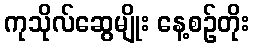
ကုသိုလ်ဆွေမျိုး နေ့စဉ်တိုး